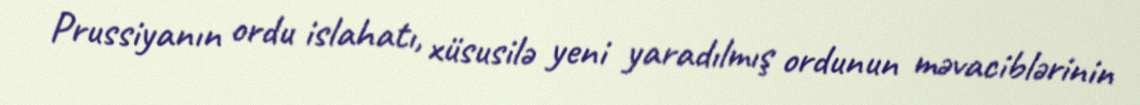
Prussiyanın ordu islahatı, xüsusilə yeni yaradılmış ordunun məvaciblərinin